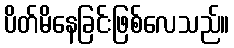
ပိတ်မိနေခြင်းဖြစ်လေသည်။